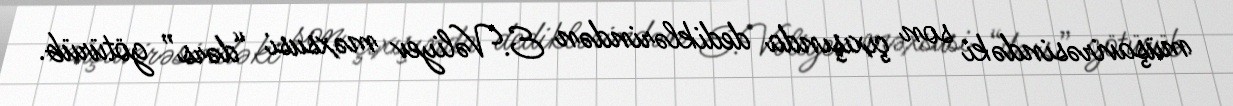
müşavirəsindəki son çıxışında dediklərindən E.Vəliyev məxsusi “dərs” götürüb.